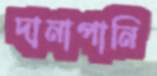
দানাপানি